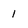
Character: 1